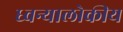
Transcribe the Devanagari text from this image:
ध्वन्यालोकीय